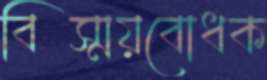
বিস্ময়বোধক